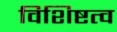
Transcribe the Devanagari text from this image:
विशिष्टत्व